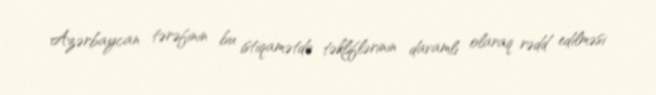
Azərbaycan tərəfinin bu istiqamətdə təkliflərinin davamlı olaraq rədd edilməsi